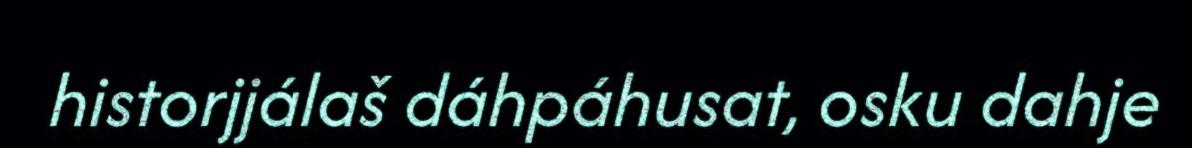
historjjálaš dáhpáhusat, osku dahje